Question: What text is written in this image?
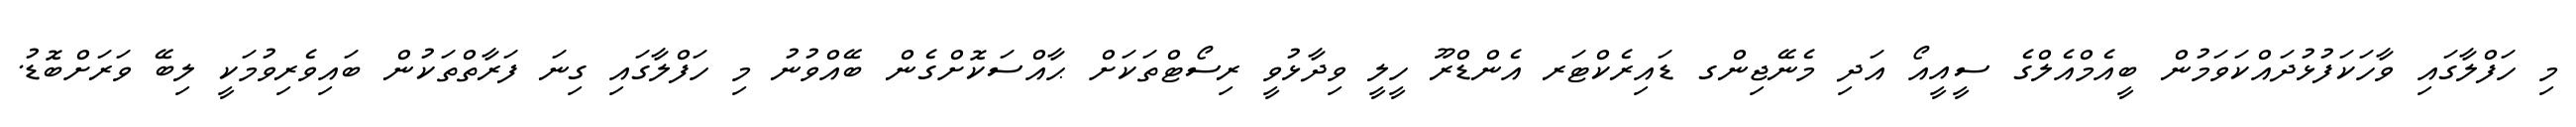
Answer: މި ހަފްލާގައި ވާހަކަފުޅުދައްކަވަމުން ބީއެމްއެލްގެ ސީއީއޯ އަދި މެނޭޖިންގ ޑައިރެކްޓަރ އެންޑްރޫ ހީލީ ވިދާޅުވީ ރިސޯޓްތަކަށް ޙާއްސަކޮށްގެން ބޭއްވުނު މި ހަފްލާގައި ގިނަ ފަރާތްތަކުން ބައިވެރިވުމަކީ ލިބޭ ވަރަށްބޮޑު.